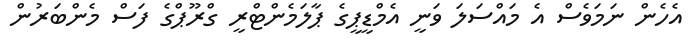
އެހެން ނަމަވެސް އެ މައްސަލަ ވަނީ އެމްޑީޕީގެ ޕާލަމެންޓްރީ ގްރޫޕްގެ ފަސް މެންބަރުން